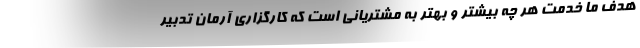
هدف ما خدمت هر چه بیشتر و بهتر به مشتریانی است که کارگزاری آرمان تدبیر